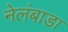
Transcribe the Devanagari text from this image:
नेलंबाडा